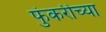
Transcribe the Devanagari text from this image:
फुंकरीच्या